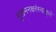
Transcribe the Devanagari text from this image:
मुखमनक्षरंस्वाकृते